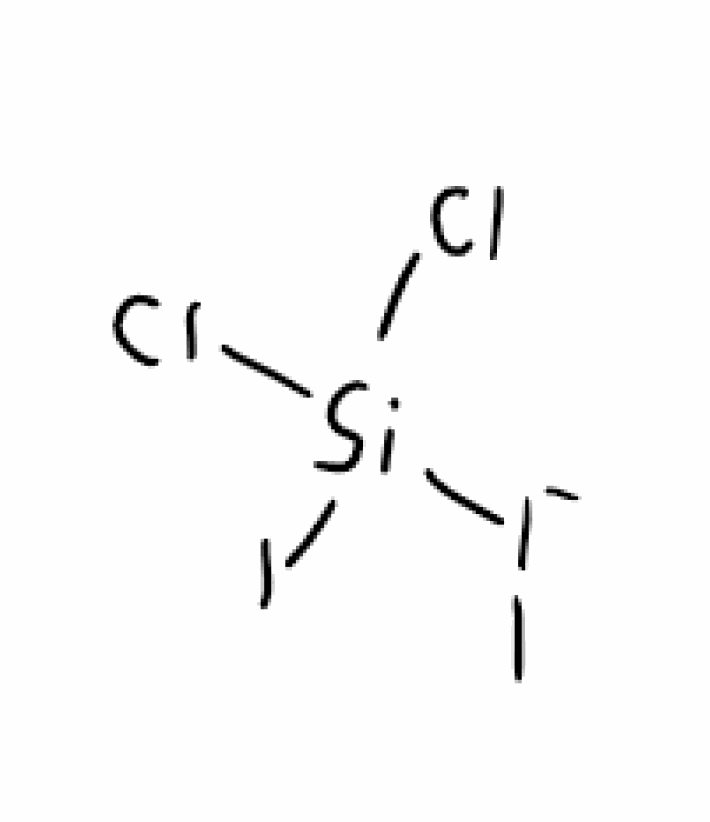
Simplified molecular-input line-entry system (SMILES) notation of the given molecule:
C[I-][Si](Cl)(Cl)I